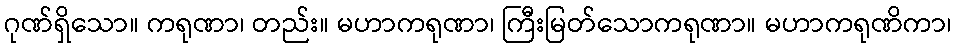
ဂုဏ်ရှိသော။ ကရုဏာ၊ တည်း။ မဟာကရုဏာ၊ ကြီးမြတ်သောကရုဏာ။ မဟာကရုဏိကာ၊